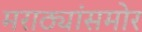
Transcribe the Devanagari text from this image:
मराठ्यांसमोर